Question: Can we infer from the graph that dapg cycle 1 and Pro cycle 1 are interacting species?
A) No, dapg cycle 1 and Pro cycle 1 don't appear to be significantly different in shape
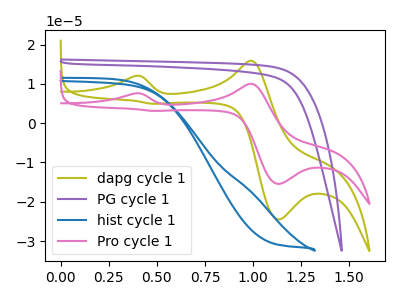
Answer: <think>The olive curve "dapg cycle 1" has anodic peaks at (0.40V, 12.00uA) (1.00V, 15.85uA) and cathodic peaks at (1.15V, -24.50uA) (0.50V, 4.95uA). The purple curve "PG cycle 1" has no peaks. The blue curve "hist cycle 1" has no peaks. The pink curve "Pro cycle 1" has anodic peaks at (0.40V, 7.60uA) (1.00V, 10.00uA) and cathodic peaks at (1.15V, -15.45uA) (0.50V, 3.10uA).
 All the peaks in "dapg cycle 1" have a peak in "Pro cycle 1" at the same potential.</think>
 <answer>A) No, "dapg cycle 1" and "Pro cycle 1" don't appear to be significantly different in shape</answer>
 <eval>A</eval>